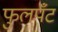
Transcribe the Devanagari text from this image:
फुलपँट